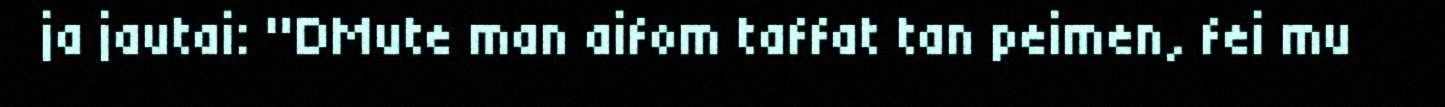
ja jautai: "DMute man aifom taffat tan peimen, fei mu